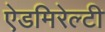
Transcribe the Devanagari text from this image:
ऐडमिरेल्टी